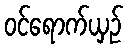
ဝင်ရောက်ယှဉ်